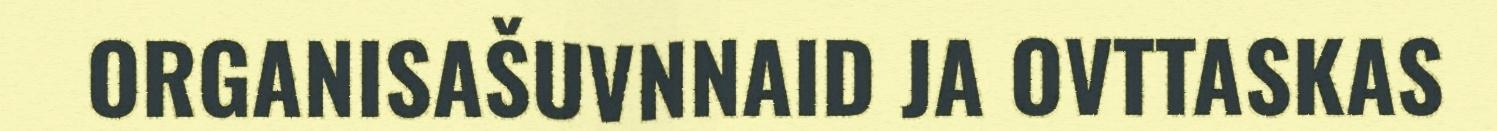
ORGANISAŠUVNNAID JA OVTTASKAS